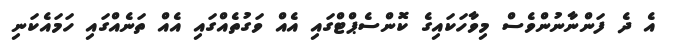
އެ ދެ ފަންނާނުންވެސް މިވާހަކައިގެ ކޮންސެޕްޓްގައި އެއް ވަގުތެއްގައި އެއް ތަނެއްގައި ހަމައެކަނި